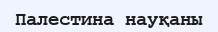
Палестина науқаны